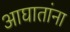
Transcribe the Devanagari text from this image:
आघातांना